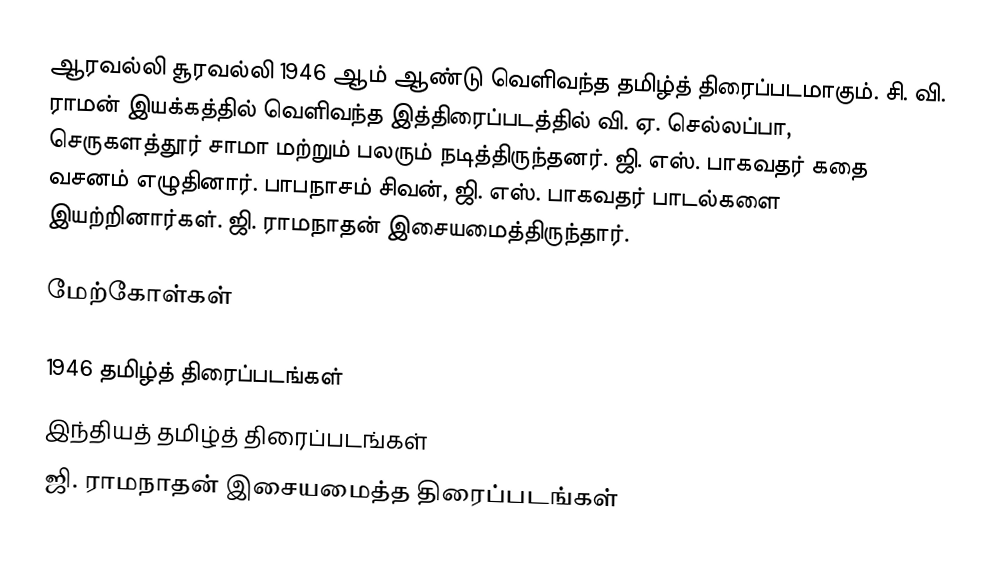
ஆரவல்லி சூரவல்லி 1946 ஆம் ஆண்டு வெளிவந்த தமிழ்த் திரைப்படமாகும். சி. வி. ராமன் இயக்கத்தில் வெளிவந்த இத்திரைப்படத்தில் வி. ஏ. செல்லப்பா, செருகளத்தூர் சாமா மற்றும் பலரும் நடித்திருந்தனர். ஜி. எஸ். பாகவதர் கதை வசனம் எழுதினார். பாபநாசம் சிவன், ஜி. எஸ். பாகவதர் பாடல்களை இயற்றினார்கள். ஜி. ராமநாதன் இசையமைத்திருந்தார்.

மேற்கோள்கள்

1946 தமிழ்த் திரைப்படங்கள்
இந்தியத் தமிழ்த் திரைப்படங்கள்
ஜி. ராமநாதன் இசையமைத்த திரைப்படங்கள்